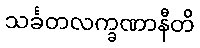
သင်္ခတလက္ခဏာနီတိ